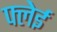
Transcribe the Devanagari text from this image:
फ्लेई